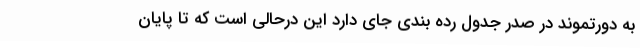
به دورتموند در صدر جدول رده بندی جای دارد این درحالی است که تا پایان